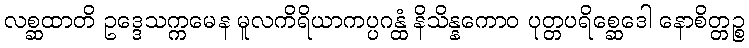
လစ္ဆထာတိ ဥဒ္ဒေသက္ကမေန မူလကိရိယာကပ္ပဂန္ထံ နိသိန္နကောဝ ပုတ္တပရိစ္ဆေဒေါ နောစိတ္တဉ္စ